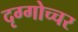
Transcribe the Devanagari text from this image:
दृग्गोच्चर